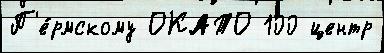
П'е́рмскому ОКАТО 100 центр